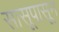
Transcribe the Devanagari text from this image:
सासूपासून